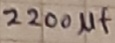
Text: 220µF